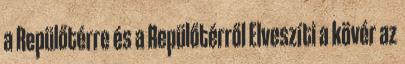
a Repülőtérre és a Repülőtérről Elveszíti a kövér az